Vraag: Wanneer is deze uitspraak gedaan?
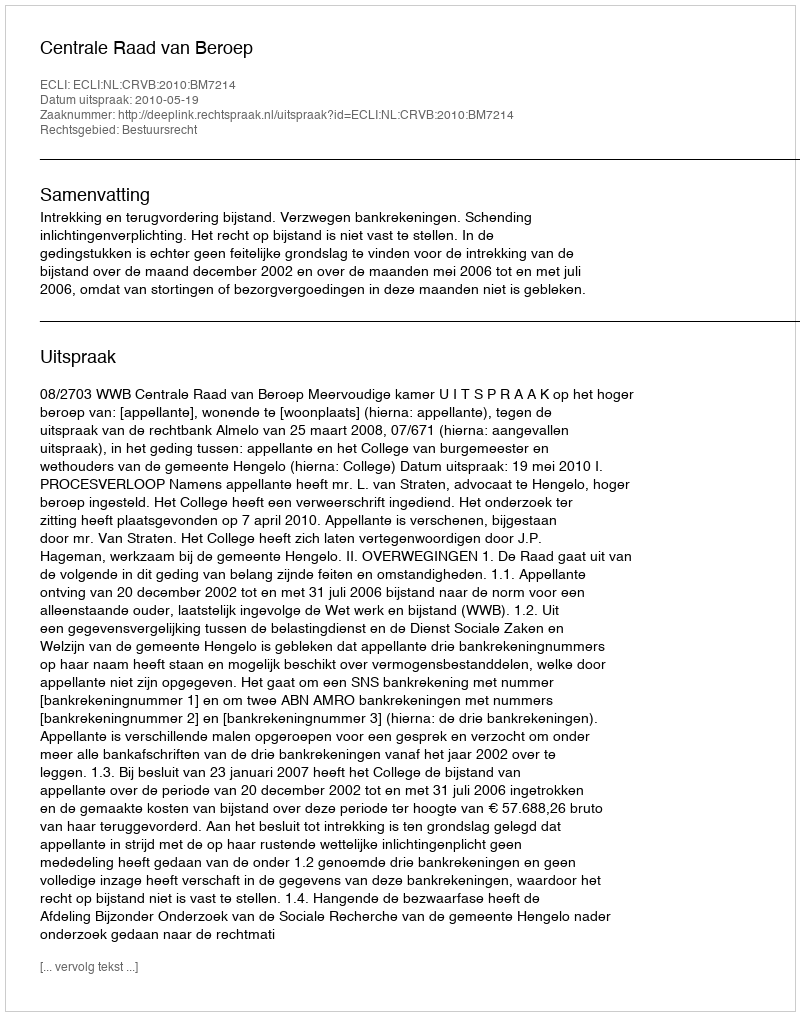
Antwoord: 2010-05-19